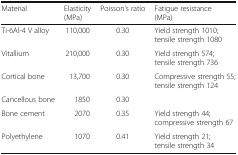
<table><thead><tr><td><b>Material</b></td><td><b>Elasticity(MPa)</b></td><td><b>Poisson’s ratio</b></td><td><b>Fatigue resistance(MPa)</b></td></tr></thead><tbody><tr><td>Ti-6Al-4 V alloy</td><td>110,000</td><td>0.30</td><td>Yield strength 1010; tensile strength 1080</td></tr><tr><td>Vitallium</td><td>210,000</td><td>0.30</td><td>Yield strength 574; tensile strength 736</td></tr><tr><td>Cortical bone</td><td>13,700</td><td>0.30</td><td>Compressive strength 55; tensile strength 124</td></tr><tr><td>Cancellous bone</td><td>1850</td><td>0.30</td><td></td></tr><tr><td>Bone cement</td><td>2070</td><td>0.35</td><td>Yield strength 44; compressive strength 67</td></tr><tr><td>Polyethylene</td><td>1070</td><td>0.41</td><td>Yield strength 21; tensile strength 34</td></tr></tbody></table>